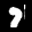
Label: 7